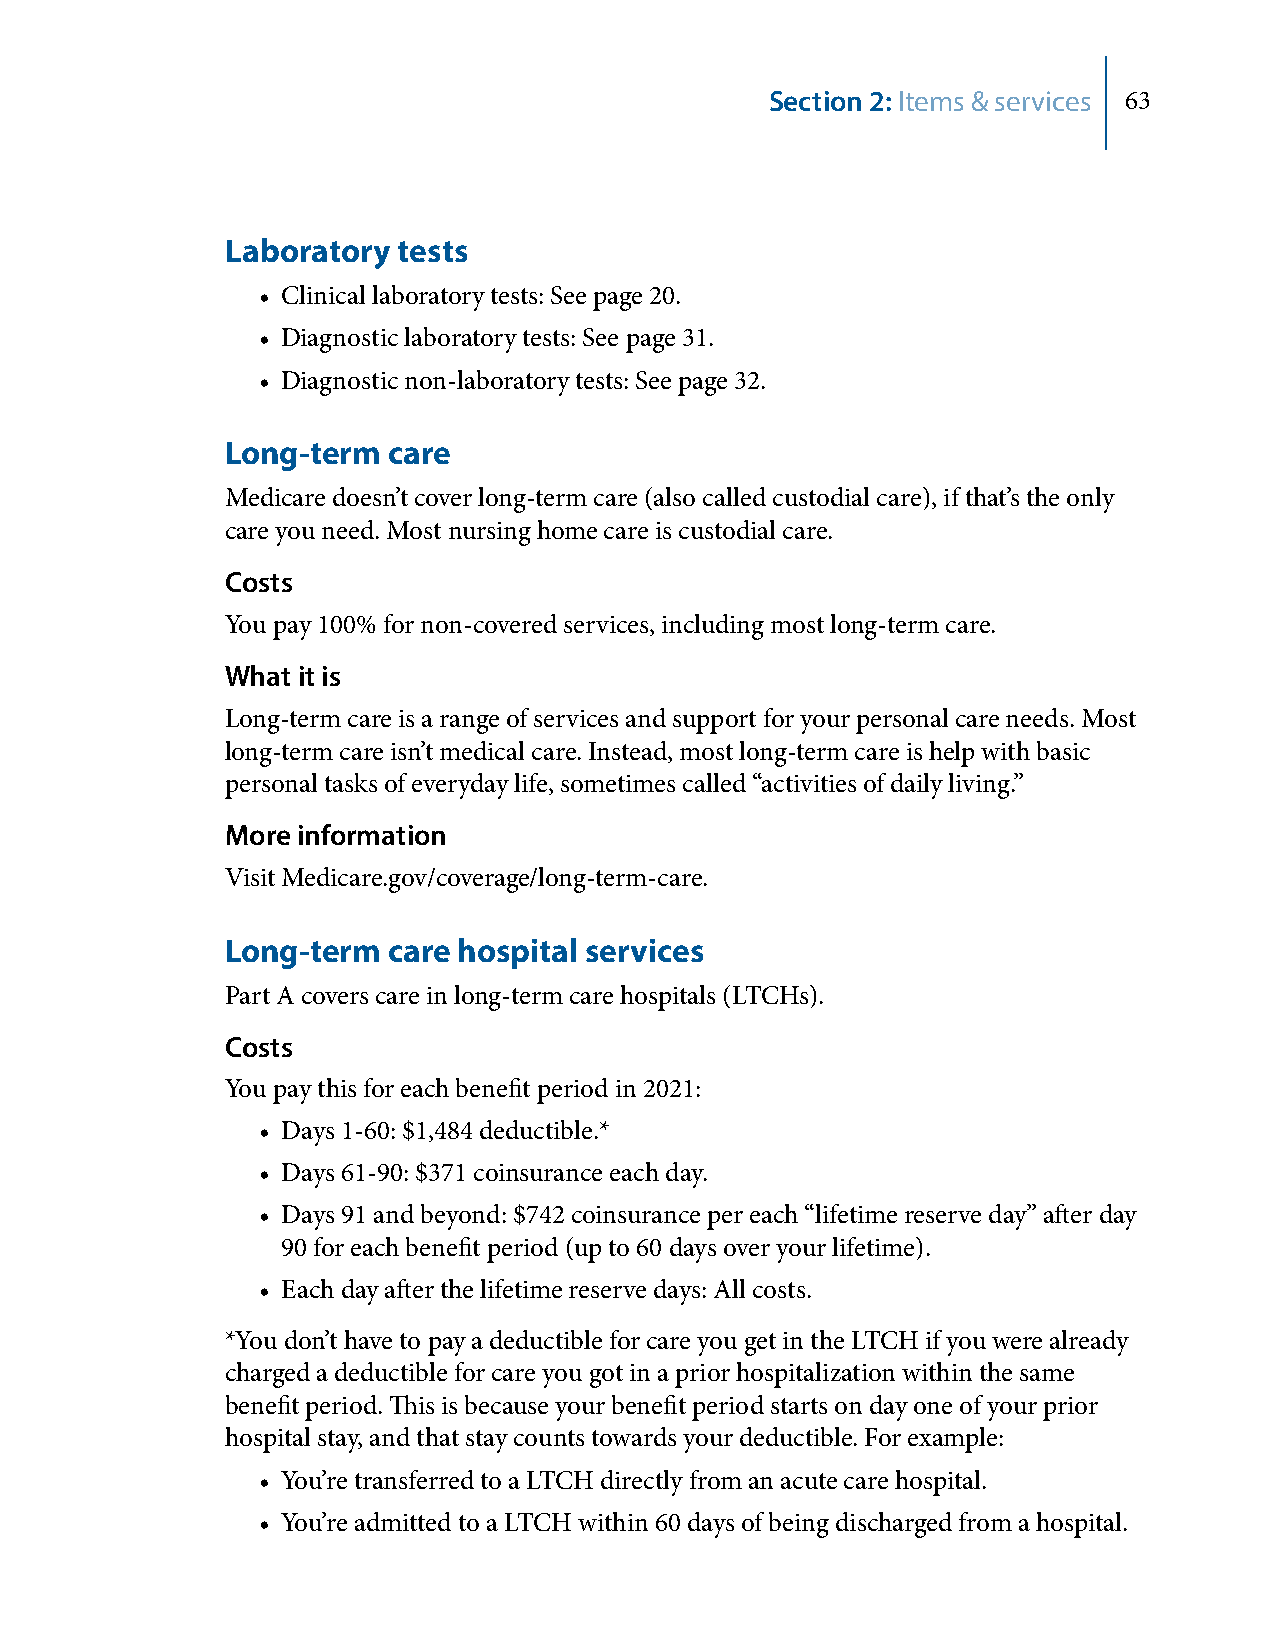
Section 2: Items & services 63
 Laboratory tests
 • Clinical laboratory tests: See page 20.
 • Diagnostic laboratory tests: See page 31.
 • Diagnostic non-laboratory tests: See page 32.
 Long-term  care
 Medicare doesn’t cover long-term care (also called custodial care), if that’s the only
 care you need. Most nursing home care is custodial care.
 Costs
 You pay 100% for non-covered services, including most long-term care.
 What it is
 Long-term care is a range of services and support for your personal care needs. Most
 long-term care isn’t medical care. Instead, most long-term care is help with basic
 personal tasks of everyday life, sometimes called “activities of daily living.”
 More information
 Visit Medicare.gov/coverage/long-term-care.
 Long-term  care hospital services
 Part A covers care in long-term care hospitals (LTCHs).
 Costs
 You pay this for each benefit period in 2021:
 • Days 1-60: $1,484 deductible.*
 • Days 61-90: $371 coinsurance each day.
 • Days 91 and beyond: $742 coinsurance per each “lifetime reserve day” after day
 90 for each benefit period (up to 60 days over your lifetime).
 • Each day after the lifetime reserve days: All costs.
 *You don’t have to pay a deductible for care you get in the LTCH if you were already
 charged a deductible for care you got in a prior hospitalization within the same
 benefit period. This is because your benefit period starts on day one of your prior
 hospital stay, and that stay counts towards your deductible. For example:
 • You’re transferred to a LTCH directly from an acute care hospital.
 • You’re admitted to a LTCH within 60 days of being discharged from a hospital.